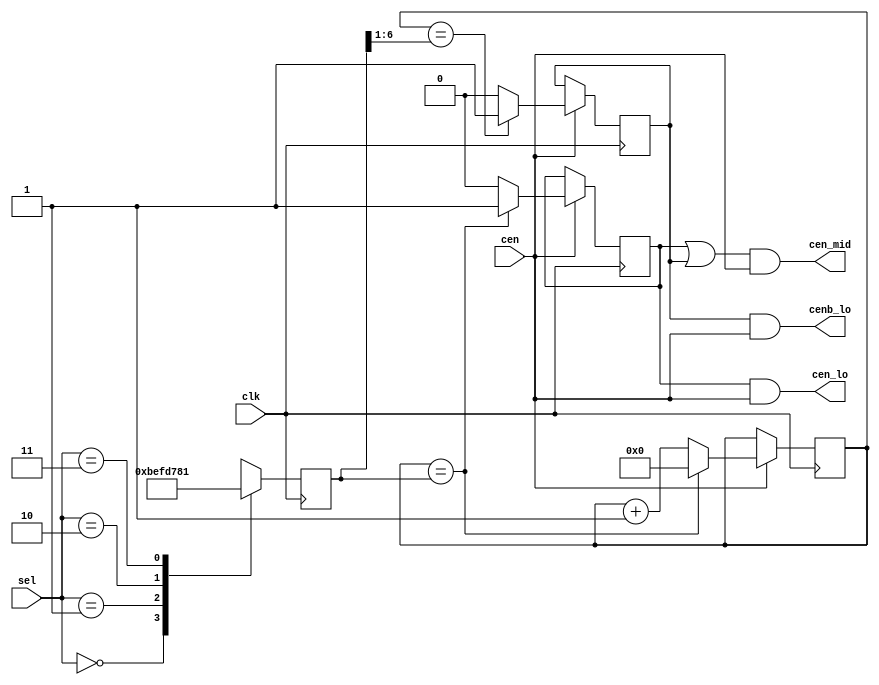
/*
  
   Multicore 2 / Multicore 2+
  
   Copyright (c) 2017-2020 - Victor Trucco

  
   All rights reserved
  
   Redistribution and use in source and synthezised forms, with or without
   modification, are permitted provided that the following conditions are met:
  
   Redistributions of source code must retain the above copyright notice,
   this list of conditions and the following disclaimer.
  
   Redistributions in synthesized form must reproduce the above copyright
   notice, this list of conditions and the following disclaimer in the
   documentation and/or other materials provided with the distribution.
  
   Neither the name of the author nor the names of other contributors may
   be used to endorse or promote products derived from this software without
   specific prior written permission.
  
   THIS CODE IS PROVIDED BY THE COPYRIGHT HOLDERS AND CONTRIBUTORS "AS IS"
   AND ANY EXPRESS OR IMPLIED WARRANTIES, INCLUDING, BUT NOT LIMITED TO,
   THE IMPLIED WARRANTIES OF MERCHANTABILITY AND FITNESS FOR A PARTICULAR
   PURPOSE ARE DISCLAIMED. IN NO EVENT SHALL THE AUTHOR OR CONTRIBUTORS BE
   LIABLE FOR ANY DIRECT, INDIRECT, INCIDENTAL, SPECIAL, EXEMPLARY, OR
   CONSEQUENTIAL DAMAGES (INCLUDING, BUT NOT LIMITED TO, PROCUREMENT OF
   SUBSTITUTE GOODS OR SERVICES; LOSS OF USE, DATA, OR PROFITS; OR BUSINESS
   INTERRUPTION) HOWEVER CAUSED AND ON ANY THEORY OF LIABILITY, WHETHER IN
   CONTRACT, STRICT LIABILITY, OR TORT (INCLUDING NEGLIGENCE OR OTHERWISE)
   ARISING IN ANY WAY OUT OF THE USE OF THIS SOFTWARE, EVEN IF ADVISED OF THE
   POSSIBILITY OF SUCH DAMAGE.
  
   You are responsible for any legal issues arising from your use of this code.
  
*//*  This file is part of JT5205.
    JT5205 program is free software: you can redistribute it and/or modify
    it under the terms of the GNU General Public License as published by
    the Free Software Foundation, either version 3 of the License, or
    (at your option) any later version.

    JT5205 program is distributed in the hope that it will be useful,
    but WITHOUT ANY WARRANTY; without even the implied warranty of
    MERCHANTABILITY or FITNESS FOR A PARTICULAR PURPOSE.  See the
    GNU General Public License for more details.

    You should have received a copy of the GNU General Public License
    along with JT5205.  If not, see <http://www.gnu.org/licenses/>.

    Author: Jose Tejada Gomez. Twitter: @topapate
    Version: 1.0
    Date: 30-10-2019 */

module jt5205_timing(
    input             clk,
    (* direct_enable *) input cen,
    input      [ 1:0] sel,        // s pin
    output            cen_lo,
    output            cenb_lo,
    output            cen_mid
);

reg [6:0] cnt=7'd0;
reg       pre=1'b0, preb=1'b0;
reg [6:0] lim;

always @(posedge clk) begin
    case(sel)
        2'd0: lim <= 7'd95;
        2'd1: lim <= 7'd63;
        2'd2: lim <= 7'd47;
        2'd3: lim <= 7'd1;
    endcase
end

always @(posedge clk) begin
    if(cen) begin
        cnt    <= cnt + 7'd1;
        pre    <= 1'b0;
        preb   <= 1'b0;
        if(cnt==lim) begin
            cnt <= 7'd0;
            pre <= 1'b1;
        end
        if(cnt==(lim>>1)) preb <=1'b1;
    end
end

assign cen_lo  = pre &cen;
assign cenb_lo = preb&cen;
assign cen_mid = (pre|preb)&cen;

endmodule